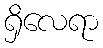
ရှိလေရာ